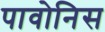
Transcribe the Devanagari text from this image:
पावोनिस